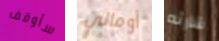
سأوقف أومالي شارته